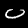
Label: 0